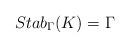
LaTeX: \begin{align*} Stab_{\Gamma}(K)=\Gamma\end{align*}